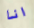
انا